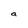
Character: a